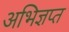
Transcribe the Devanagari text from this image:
अभिज्ञप्त